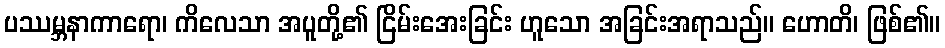
ပဿမ္ဘနာကာရော၊ ကိလေသာ အပူတို့၏ ငြိမ်းအေးခြင်း ဟူသော အခြင်းအရာသည်။ ဟောတိ၊ ဖြစ်၏။